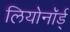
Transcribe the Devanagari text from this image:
लियोनॉर्ड्